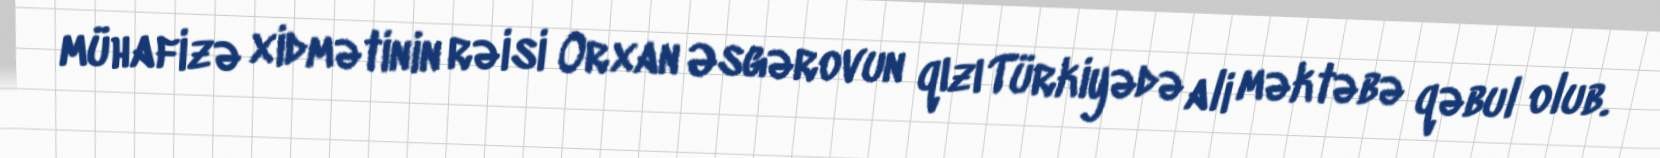
mühafizə xidmətinin rəisi Orxan Əsgərovun qızı Türkiyədə ali məktəbə qəbul olub.